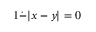
1 { \dot { - } } | x - y | = 0